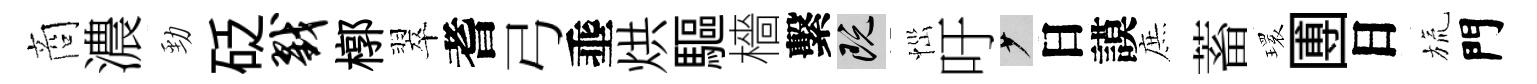
商濃勁砭戮槨翠耆弓埀烘驅檣繫既𢙉吁少日謨庶蓄𤨔圑日旒門